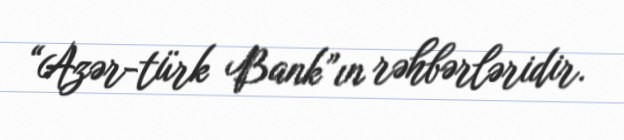
“Azər-türk Bank”ın rəhbərləridir.